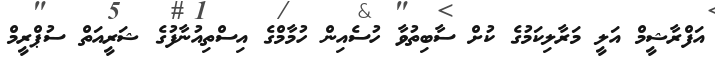
އަފްރާޝީމް އަލީ މަރާލިކަމުގެ ކުށް ސާބިތުވާ ހުސެއިން ހުމާމްގެ އިސްތިއުނާފުގެ ޝަރީއަތް ސުޕްރީމް